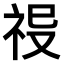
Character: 𥙈